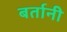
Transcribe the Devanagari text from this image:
बर्तानी